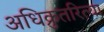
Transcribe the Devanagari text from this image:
अधिक्रुतरित्या